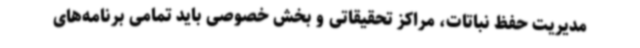
مدیریت حفظ نباتات، مراکز تحقیقاتی و بخش خصوصی باید تمامی برنامه‌های